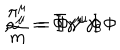
LaTeX: \frac { \pi ^ { \mu } } { m } = \bar { \Phi } \gamma ^ { \mu } \Phi \hspace { . 4 i n } , \hspace { . 4 i n } a ^ { \mu } = \bar { \Phi } \gamma ^ { \mu } \gamma _ { 5 } \Phi